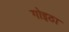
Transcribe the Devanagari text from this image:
गोइठा